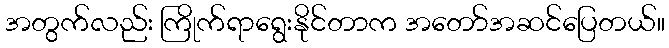
အတွက်လည်း ကြိုက်ရာရွေးနိုင်တာက အတော်အဆင်ပြေတယ်။